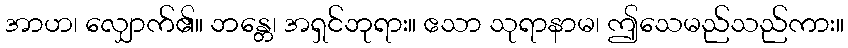
အာဟ၊ လျှောက်၏။ ဘန္တေ၊ အရှင်ဘုရား။ ဧသာ သုရာနာမ၊ ဤသေမည်သည်ကား။